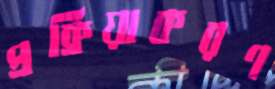
প্রক্রিয়াকরণ